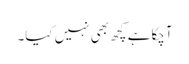
آچکا ہے کچھ بھی نہیں کیا۔